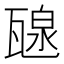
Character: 𤭯